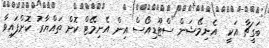
ބަގީޗާ އަކީ  އެނިމޭޝަން ސްޓޫޑިއޯސް އިން އެނިމޭޓް ކޮށް ތައްޔާރު ކޮށްފައިވާ